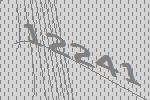
12241